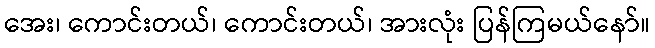
အေး၊ ကောင်းတယ်၊ ကောင်းတယ်၊ အားလုံး ပြန်ကြမယ်နော်။